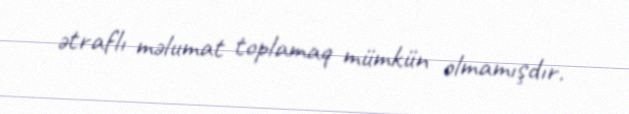
ətraflı məlumat toplamaq mümkün olmamışdır.